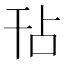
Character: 𭙀